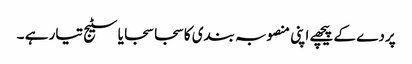
پردے کے پیچھے اپنی منصوبہ بندی کا سجا سجایا سٹیج تیار ہے ۔